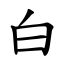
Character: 白